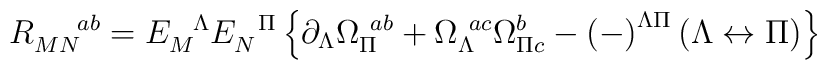
R_{MN}^{\ \ \ \ ab}=E_M^{\ \ \Lambda }E_N^{\ \ \Pi }\left\{ \partial_\Lambda \Omega_\Pi^{\ ab}+\Omega _\Lambda^{\ ac}\Omega_{\Pi c}^{\ \\ b}-\left( -\right)^{\Lambda \Pi }\left( \Lambda \leftrightarrow \Pi\right) \right\}